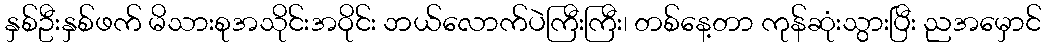
နှစ်ဦးနှစ်ဖက် မိသားစုအသိုင်းအဝိုင်း ဘယ်လောက်ပဲကြီးကြီး၊ တစ်နေ့တာ ကုန်ဆုံးသွားပြီး ညအမှောင်